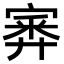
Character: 𡪃